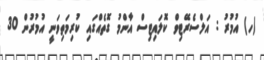
(ހ) އުމުރު : އަލްސެރޭޓިވް ކޮލައިޓިސް އާންމު ގޮތެއްގައި ކުރިމަތިވަނީ އުމުރުން 30